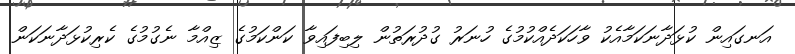
އަނގައިން ކުޅަދާނަކަމާއެކު ވާހަކަދެއްކުމުގެ ހުނަރު ގުދުރަތުން ލިބިފައިވާ ކަންކަމުގެ ޒިއްމާ ނެގުމުގެ ކެރިކުޅަދާނަކަން